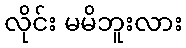
လိုင်း မမိဘူးလား